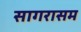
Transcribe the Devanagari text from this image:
सागरासम